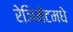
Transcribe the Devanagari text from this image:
रेजिमेंटमधे